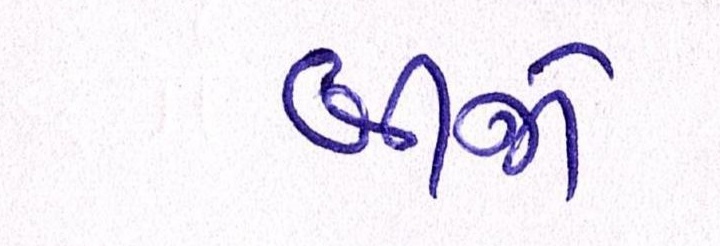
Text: બીજો